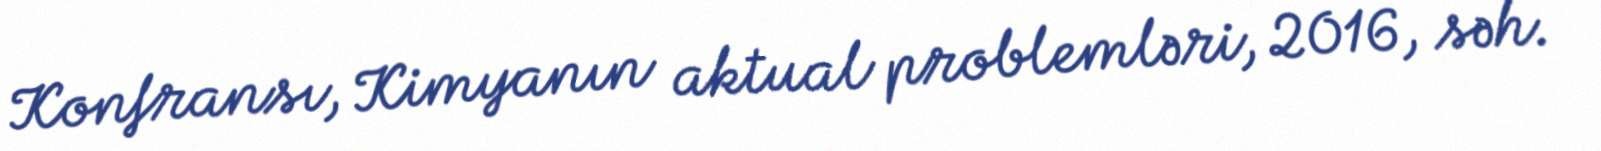
Konfransı, Kimyanın aktual problemləri, 2016, səh.